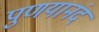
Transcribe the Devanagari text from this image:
पुणयानंद